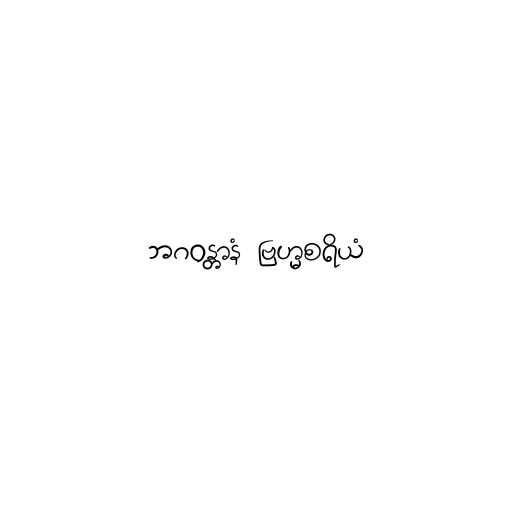
ဘဂဝန္တာနံ ဗြဟ္မစရိယံ